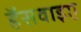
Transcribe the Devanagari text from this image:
हॅसवाइए